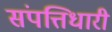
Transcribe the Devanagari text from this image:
संपत्तिधारी